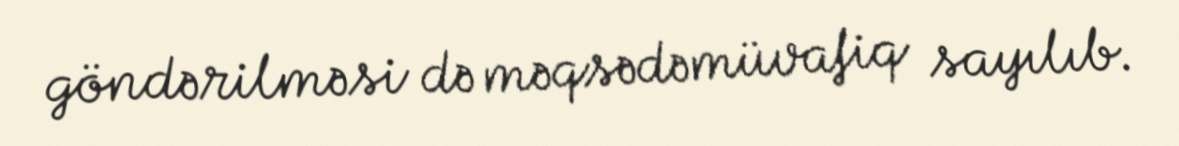
göndərilməsi də məqsədəmüvafiq sayılıb.